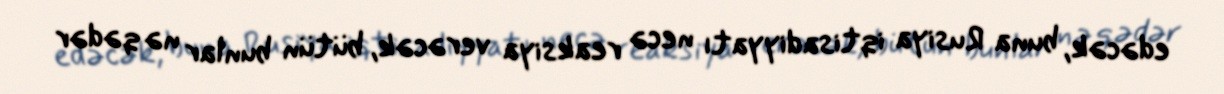
edəcək, buna Rusiya iqtisadiyyatı necə reaksiya verəcək, bütün bunlar nə qədər